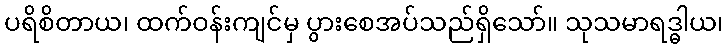
ပရိစိတာယ၊ ထက်ဝန်းကျင်မှ ပွားစေအပ်သည်ရှိသော်။ သုသမာရဒ္ဓါယ၊